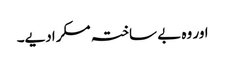
اور وہ بے ساختہ مسکرادیے۔